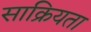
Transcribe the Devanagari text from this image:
साक्रियता